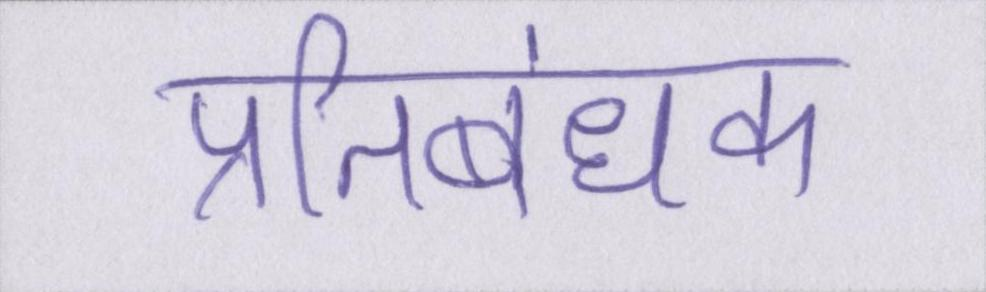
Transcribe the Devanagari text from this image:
प्रतिबंधक